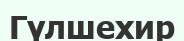
Гүлшехир